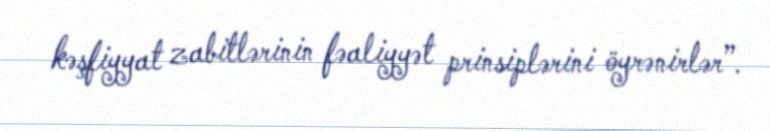
kəşfiyyat zabitlərinin fəaliyyət prinsiplərini öyrənirlər”.